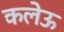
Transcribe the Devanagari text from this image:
कलेऊ